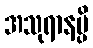
အသုရာနမ္ပိ